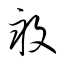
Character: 畒